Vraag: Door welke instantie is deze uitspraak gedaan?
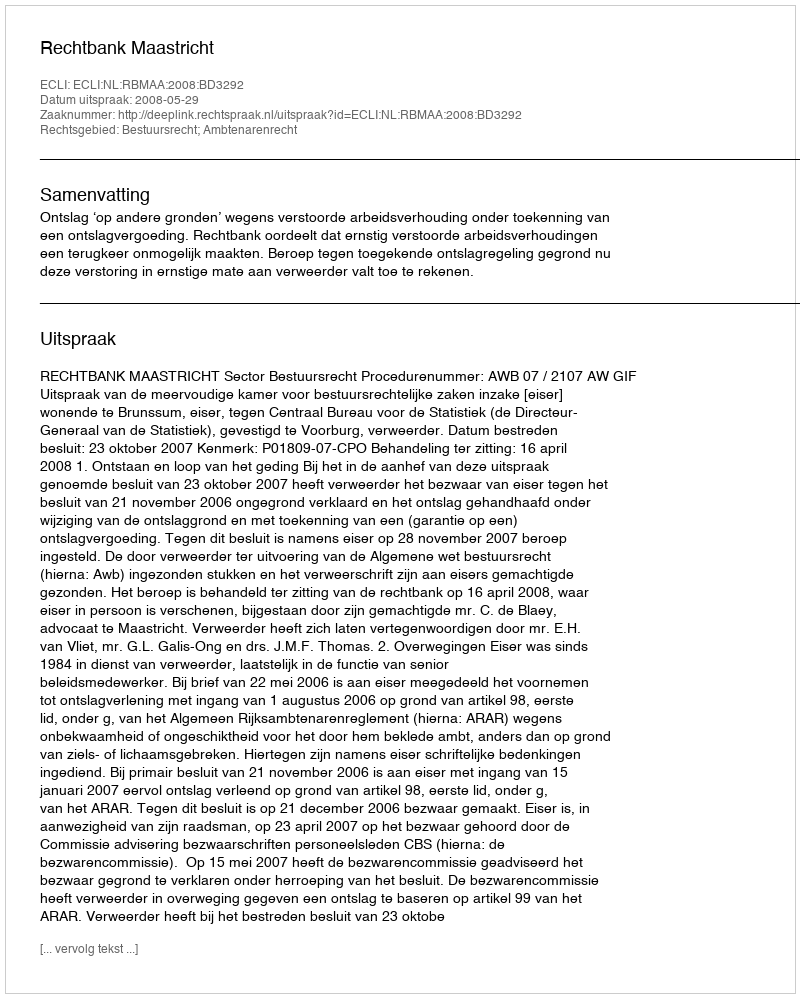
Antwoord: Rechtbank Maastricht